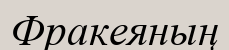
Фракеяның